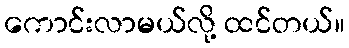
ကောင်းလာမယ်လို့ ထင်တယ်။